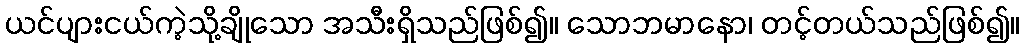
ယင်ပျားငယ်ကဲ့သို့ချိုသော အသီးရှိသည်ဖြစ်၍။ သောဘမာနော၊ တင့်တယ်သည်ဖြစ်၍။